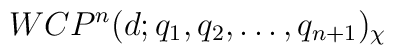
WCP^n(d;q_1,q_2,\dots,q_{n+1})_{\chi}